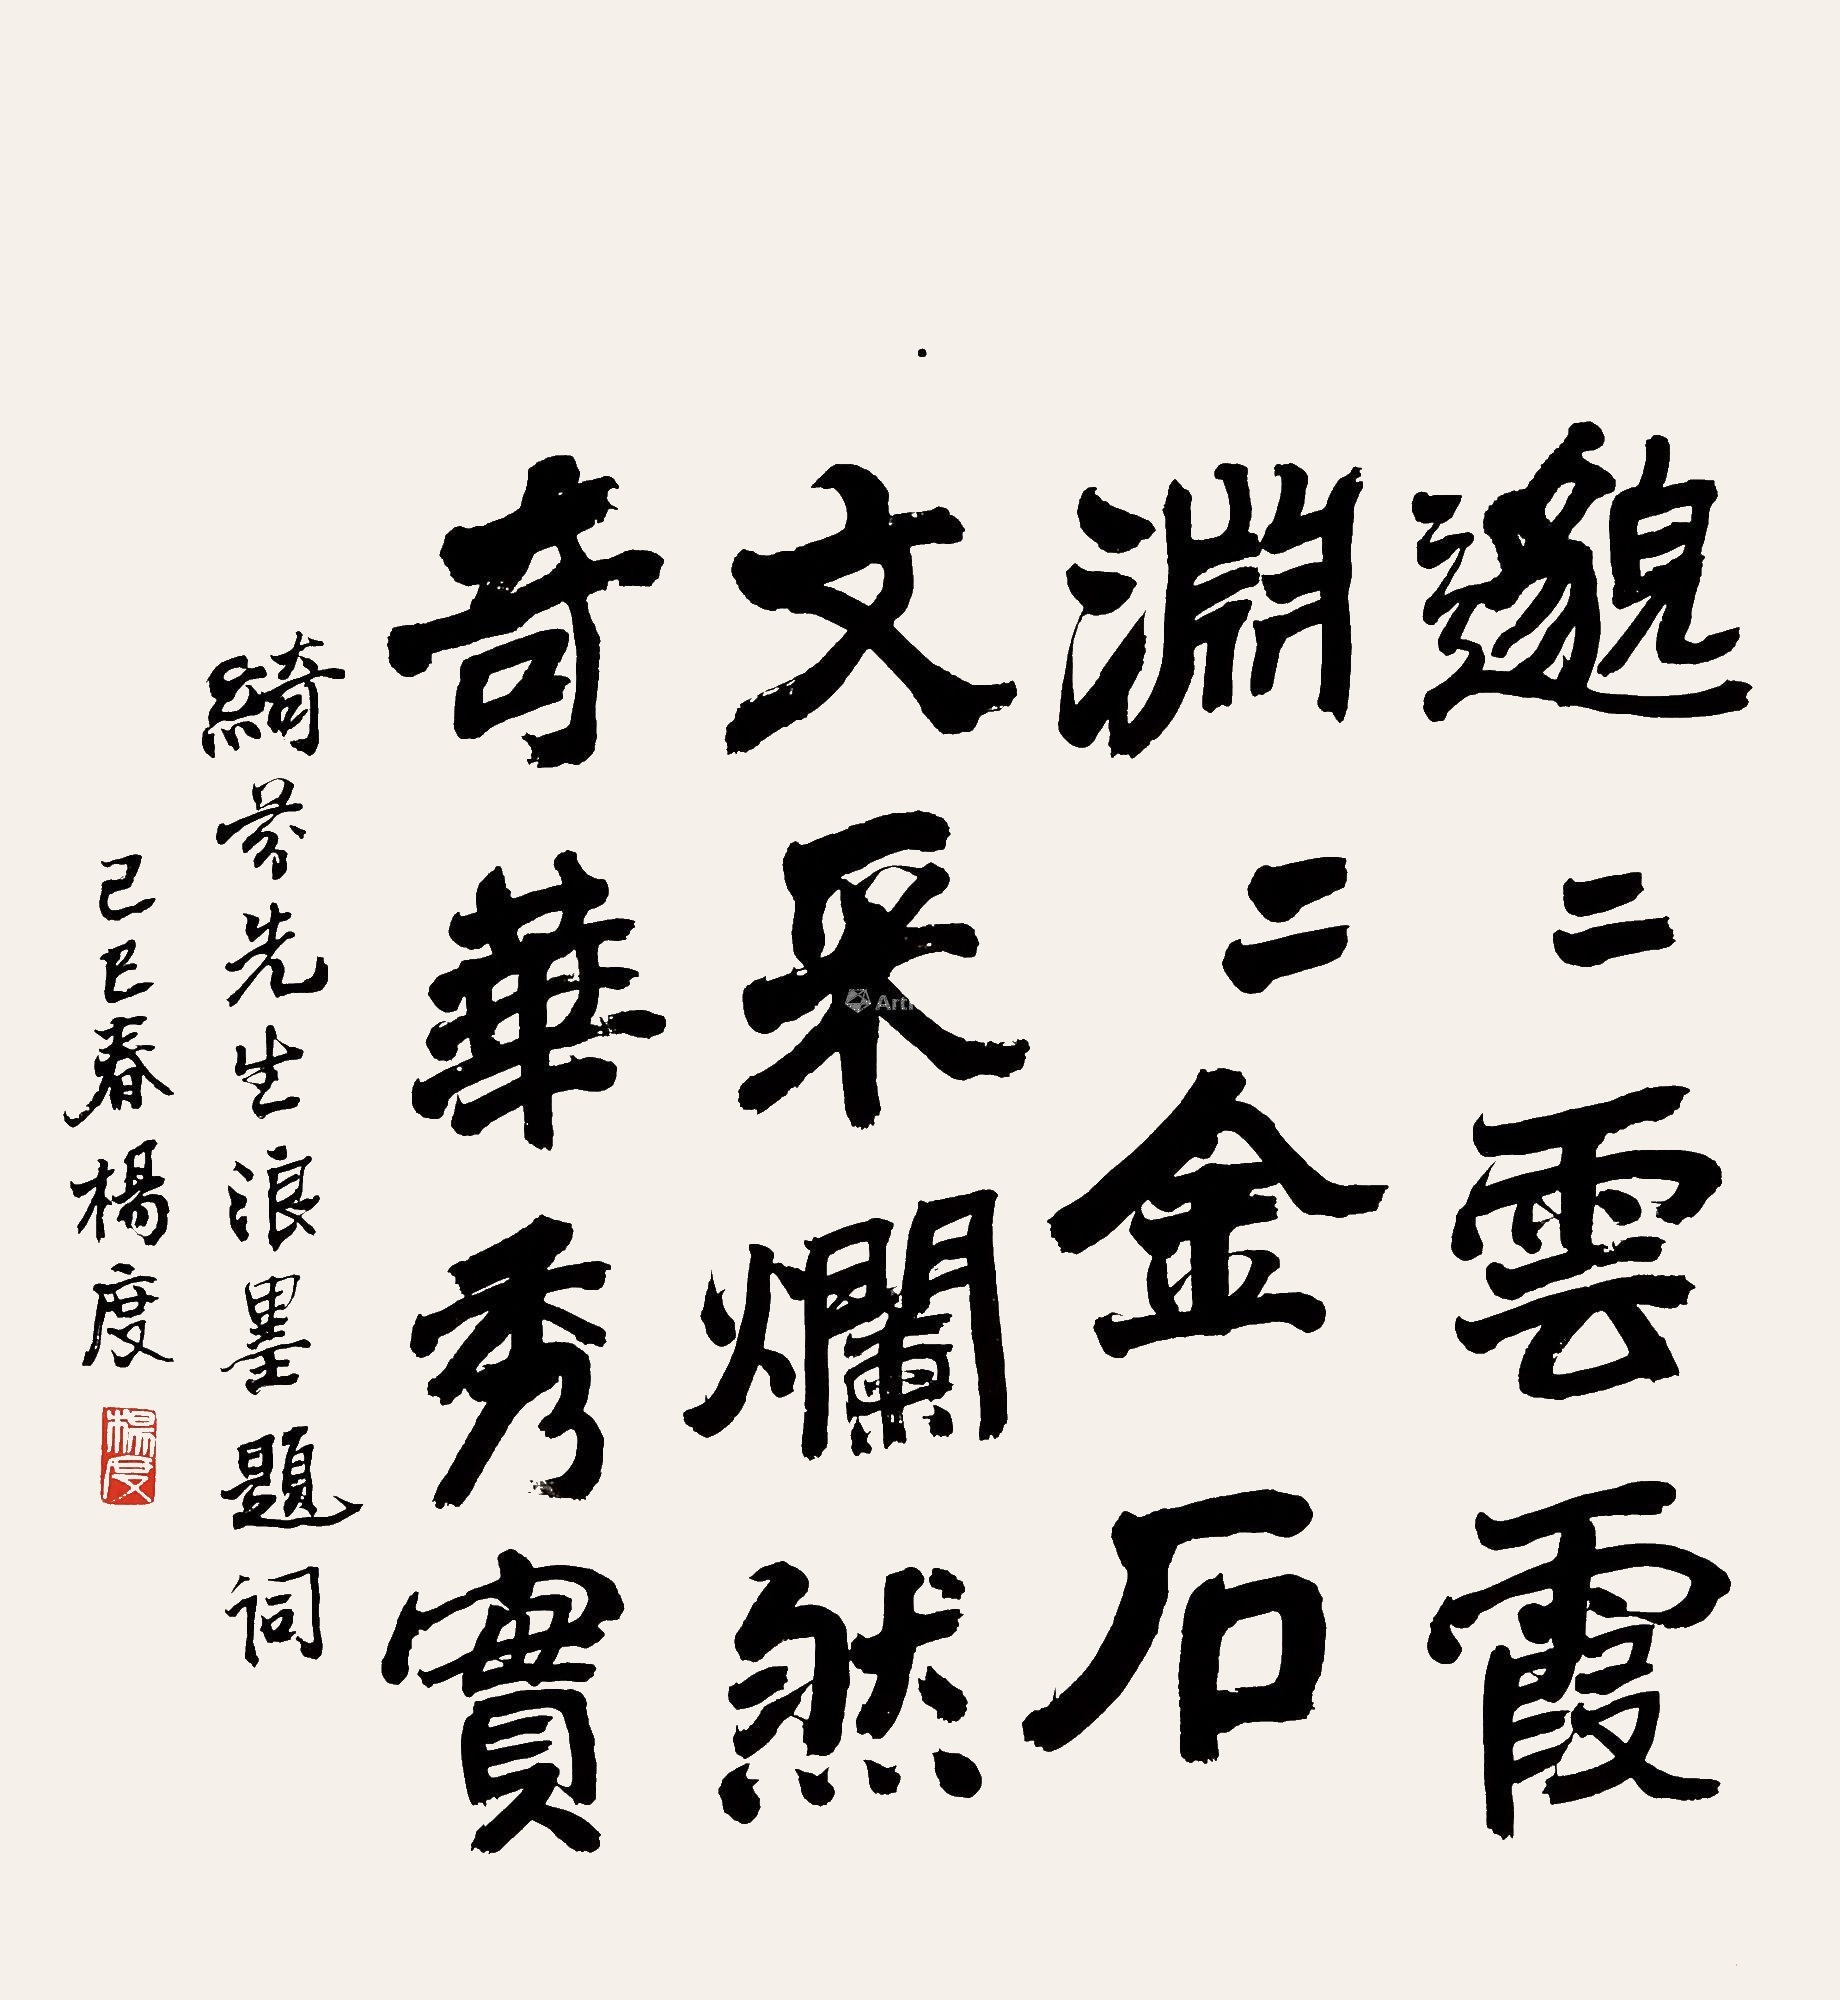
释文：邈二云霞，渊二金石，文采灿然，奇华秀实。绮芬先生浪墨题词，己巳春杨度。